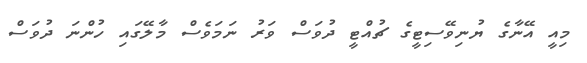
މިއީ އޭނާގެ ޔުނިވޭސިޓީގެ ޗުއްޓީ ދުވަސް ވަރު ނަމަވެސް މާލޭގައި ހުންނަ ދުވަސް